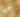
حميم